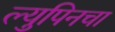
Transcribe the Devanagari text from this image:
ल्युपिनचा